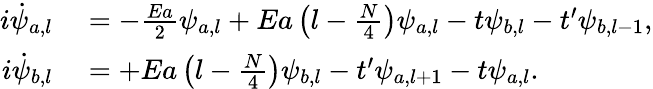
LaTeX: \begin{array}{rl}{i\dot{\psi}_{a,l}}&{{}=-\frac{Ea}{2}\psi_{a,l}+Ea\left(l-\frac{N}{4}\right)\psi_{a,l}-t\psi_{b,l}-t^{\prime}\psi_{b,l-1},}\\ {i\dot{\psi}_{b,l}}&{{}=+Ea\left(l-\frac{N}{4}\right)\psi_{b,l}-t^{\prime}\psi_{a,l+1}-t\psi_{a,l}.}\end{array}